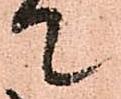
て